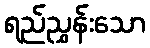
ရည်ညွှန်းသော